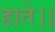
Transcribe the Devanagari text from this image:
हाते।।